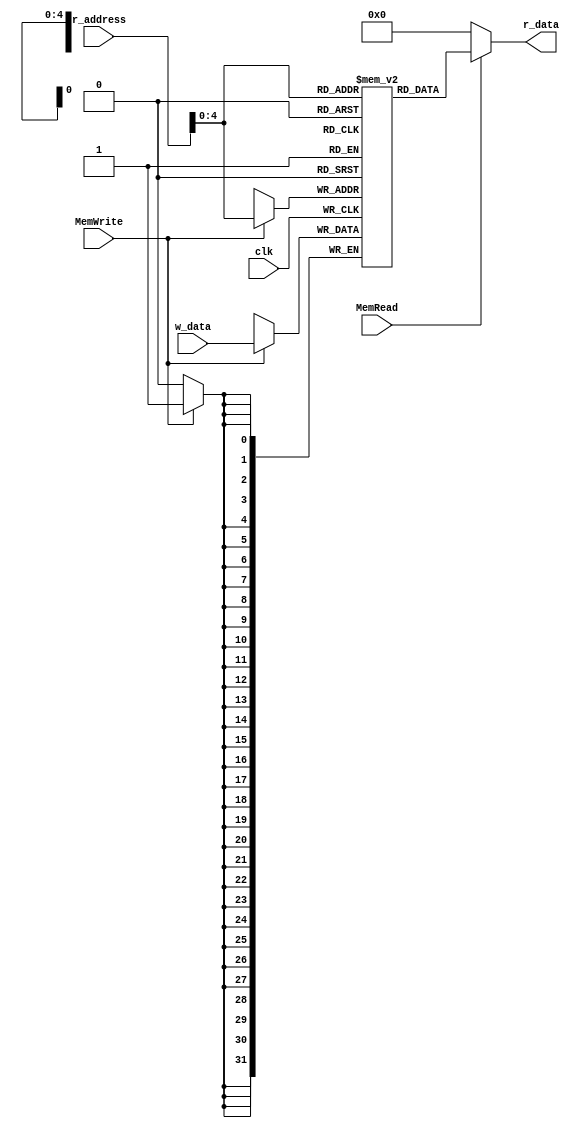
`timescale 1ns / 1ps
//////////////////////////////////////////////////////////////////////////////////
// Company: 
// Engineer: 
// 
// Design Name: 
// Module Name: DATA_MEM
// Project Name: 
// Target Devices: 
// Tool Versions: 
// Description: 
// 
// Dependencies: 
// 
// Revision:
// Revision 0.01 - File Created
// Additional Comments:
// 
//////////////////////////////////////////////////////////////////////////////////


module DATA_MEM(r_address, w_data, MemWrite, MemRead, clk, r_data);
    input  [31:0] r_address, w_data;
    input MemWrite, MemRead, clk;
    output [31:0] r_data;
    reg [31:0] data_mem [31:0]; 
    
    integer i;
    initial begin
        for (i = 4; i <=31 ; i = i + 1) begin
				data_mem[i] <= 0;
        end
        //Z
//        data_mem[0] <= 0;
//        data_mem[1] <= 32'd3;
//        data_mem[2] <= 32'd1;
//        data_mem[3] <= 0;

        //Zp
//        data_mem[0] <= 0;
//        data_mem[1] <= 32'd1;
//        data_mem[2] <= 32'd3;
//        data_mem[3] <= 32'd1;

        //def
        data_mem[0] <= 0;
        data_mem[1] <= 32'd1;
        data_mem[2] <= 32'd11;
        data_mem[3] <= 0;
    end
    
    assign r_data = (MemRead)? data_mem[r_address]: 0;
    
    always@(posedge clk) begin
        if(MemWrite) begin
            data_mem[r_address] <= w_data;
        end
    end
endmodule